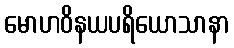
မောဟဝိနယပရိယောသာနာ